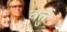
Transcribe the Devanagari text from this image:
वर्तु